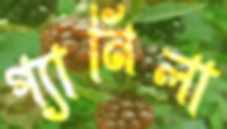
গ্যানিলা